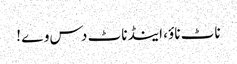
ناٹ ناؤ، اینڈ ناٹ دس وے !